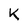
Character: K